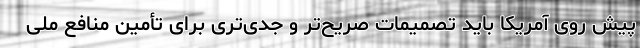
پیش روی آمریکا باید تصمیمات صریح‌تر و جد‌ی‌تری برای تأمین منافع ملی